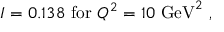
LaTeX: I = 0 . 1 3 8 \mathrm { ~ f o r ~ } Q ^ { 2 } = 1 0 \mathrm { ~ G e V } ^ { 2 } ~ ,